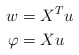
\begin{align*}w & =X^{T}u\\\varphi & =Xu \end{align*}